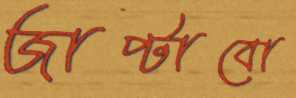
জাপ্‌টাবো